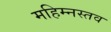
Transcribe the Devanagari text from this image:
महिम्नस्तव